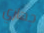
جهازي